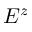
E ^ { z }